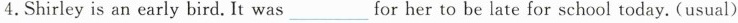
4.Shirley is an early bird. It was____for her to be late for school today.(usual)